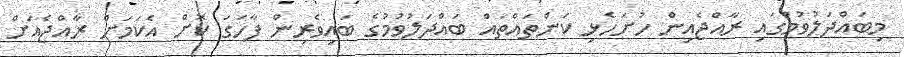
މިބައްދަލުވުމުގައި ރާއްޖެއިން ހުށަހެޅި ކަންތައްތައް ބައްދަލުވުމުގެ ބައިވެރިން ފާހަގަ ކޮށް އެކަމަށް ރާއްޖެއަށް